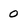
Character: 0